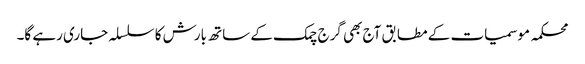
محکمہ موسمیات کے مطابق آج بھی گرج چمک کے ساتھ بارش کا سلسلہ جاری رہے گا۔